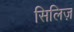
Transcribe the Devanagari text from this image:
सिलिज़